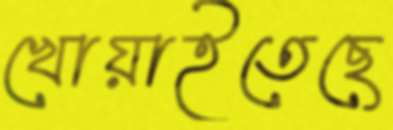
খোয়াইতেছে